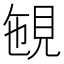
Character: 𧠡